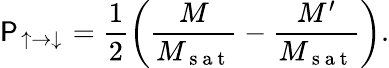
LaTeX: \mathsf{P}_{\uparrow\to\downarrow}=\frac{{1}}{{2}}\left(\frac{{M}}{{M_{\mathrm{{~s~a~t~}}}}}-\frac{{M^{\prime}}}{{M_{\mathrm{{~s~a~t~}}}}}\right).